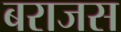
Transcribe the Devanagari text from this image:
बराजस